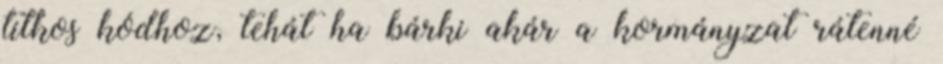
titkos kódhoz, tehát ha bárki akár a kormányzat rátenné